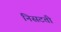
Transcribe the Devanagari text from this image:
निसटती